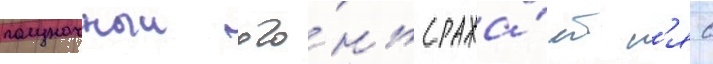
полуночныи ого́нь сража́етс'я с